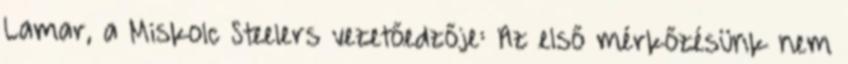
Lamar, a Miskolc Steelers vezetőedzője: Az első mérkőzésünk nem